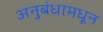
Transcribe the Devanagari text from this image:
अनुबंधामधून